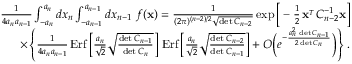
\begin{array} { r l r } & { } & { { \frac { 1 } { 4 a _ { n } a _ { n - 1 } } } \int _ { - a _ { n } } ^ { a _ { n } } d x _ { n } \int _ { - a _ { n - 1 } } ^ { a _ { n - 1 } } d x _ { n - 1 } \ f ( { \bf x } ) = { \frac { 1 } { ( 2 \pi ) ^ { ( n - 2 ) / 2 } \sqrt { \operatorname* { d e t } C _ { n - 2 } } } } \exp \Big [ - { \frac { 1 } { 2 } } \, { \bf x } ^ { _ T } C _ { n - 2 } ^ { - 1 } { \bf x } \Big ] } \\ & { } & { \times \left\{ { \frac { 1 } { 4 a _ { n } a _ { n - 1 } } } \, \mathrm { E r f } \left[ { \frac { a _ { n } } { \sqrt 2 } } \sqrt { \frac { \operatorname* { d e t } C _ { n - 1 } } { \operatorname* { d e t } C _ { n } } } \right] \, \mathrm { E r f } \left[ { \frac { a _ { n } } { \sqrt 2 } } \sqrt { \frac { \operatorname* { d e t } C _ { n - 2 } } { \operatorname* { d e t } C _ { n - 1 } } } \right] + { \cal O } \Big ( e ^ { - { \frac { a _ { n } ^ { 2 } \, \operatorname* { d e t } C _ { n - 1 } } { 2 \operatorname* { d e t } C _ { n } } } } \Big ) \right\} \, . } \end{array}